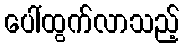
ပေါ်ထွက်လာသည့်